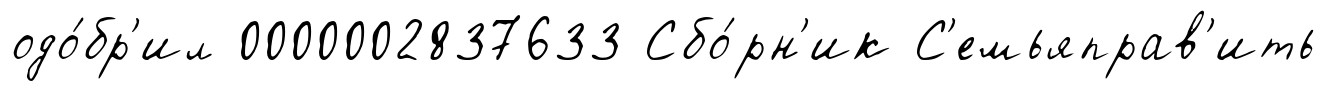
одо́бр'ил 0000002837633 Сбо́рн'ик С'емьяправ'ить